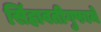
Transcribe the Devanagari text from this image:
सिंहावतीगुफामें